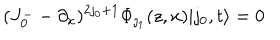
( J _ { 0 } ^ { - } - \partial _ { x } ) ^ { 2 \jmath _ { 0 } + 1 } \Phi _ { \jmath _ { 1 } } ( z , x ) | \jmath _ { 0 } , t \rangle = 0